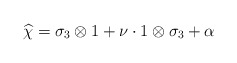
\begin{align*}\widehat{\chi}=\sigma_3\otimes 1+\nu \cdot 1\otimes\sigma_3+\alpha\end{align*}